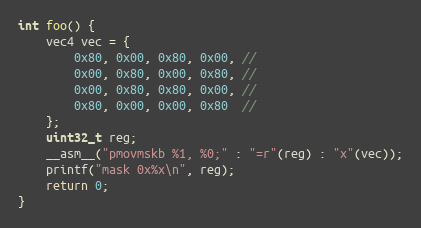
Language: C
int foo() {
    vec4 vec = {
        0x80, 0x00, 0x80, 0x00, //
        0x00, 0x80, 0x00, 0x80, //
        0x00, 0x80, 0x80, 0x00, //
        0x80, 0x00, 0x00, 0x80  //
    };
    uint32_t reg;
    __asm__("pmovmskb %1, %0;" : "=r"(reg) : "x"(vec));
    printf("mask 0x%x\n", reg);
    return 0;
}